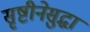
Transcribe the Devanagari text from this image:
सृष्टीनेसुद्धा